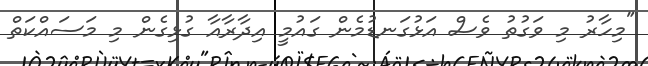
"މިހާރު މި ވަގުތު ވެސް އަޅުގަނޑުމެން ގައުމީ އިދާރާއާ ގުޅިގެން މި މަސައްކަތް